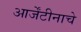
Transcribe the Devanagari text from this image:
आर्जेंटीनाचे